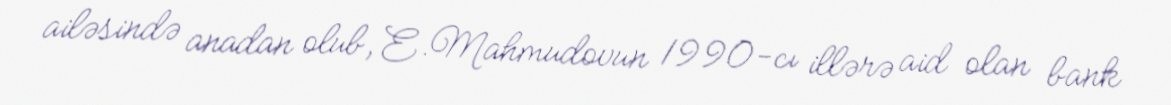
ailəsində anadan olub, E.Mahmudovun 1990-cı illərə aid olan bank